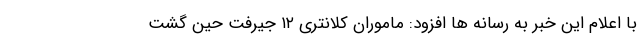
با اعلام این خبر به رسانه ها افزود: ماموران کلانتری ۱۲ جیرفت حین گشت